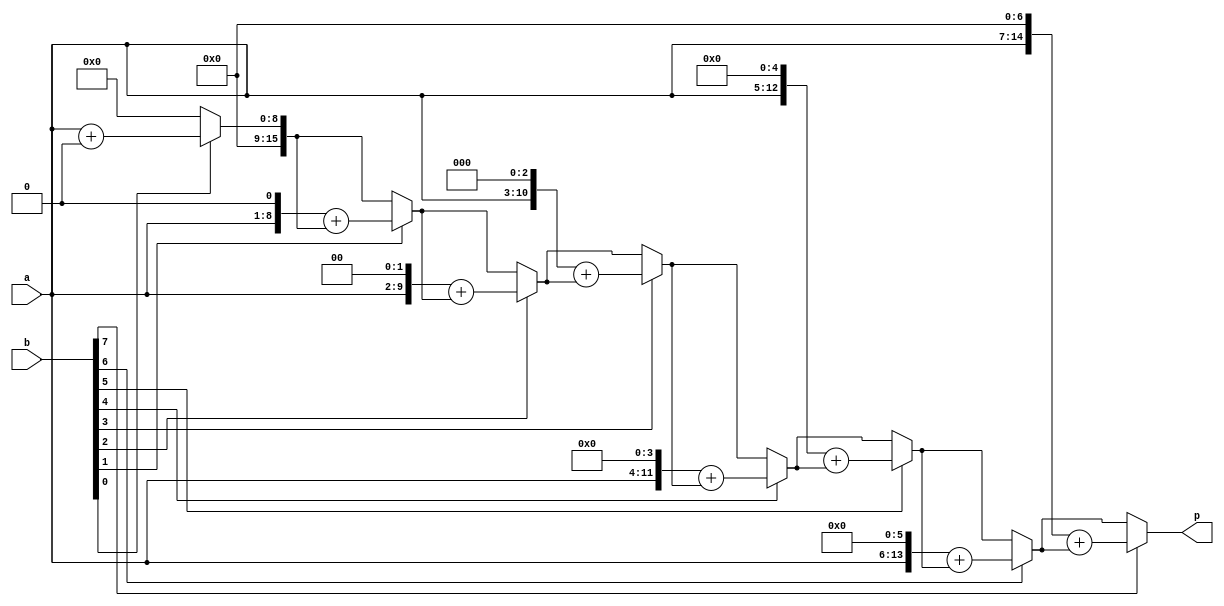
module mult8(
    input [7:0]a,
    input [7:0]b, 
    output reg [15:0] p
);
reg[3:0] i;
 
always@(*)
begin
	p = 0 ;
	for(i = 0 ; i <8 ; i = i + 1)
	begin
        if(b[i] == 1)
		begin
            p = (a <<i) + p;
		end
		else p = p;
	end
	i = 0;
end
endmodule
`timescale 1ns/1ns
 
module multi_tb;
 
 
reg [7:0] DIN1,DIN2;
wire [15:0] DOUT;
 
integer i,j;
 
    mult8 U_multi(.a(DIN1),.b(DIN2),.p(DOUT));
 
initial
begin	
	DIN2 = 0;
	for(j = 0; j<100; j = j+1)
	begin
		DIN2 = DIN2 + 1;
		DIN1 = 0;
		for(i = 0; i<100; i = i+1)
		begin
			#1000 DIN1 = DIN1 + 1;
		end
	end
end
 
 
endmodule